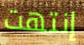
إنتهت